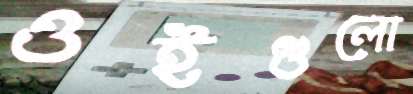
ওইগুলো